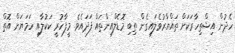
ހެދުން އިޝްތިހާރަކަށް ތައްޔާރުވެލައިގެން ތިބި މޮޑެލްއިންތައް ފަދައެވެ. މީފާހުރީ ކަކުލާއި ހަމަޔަށް އޮތް